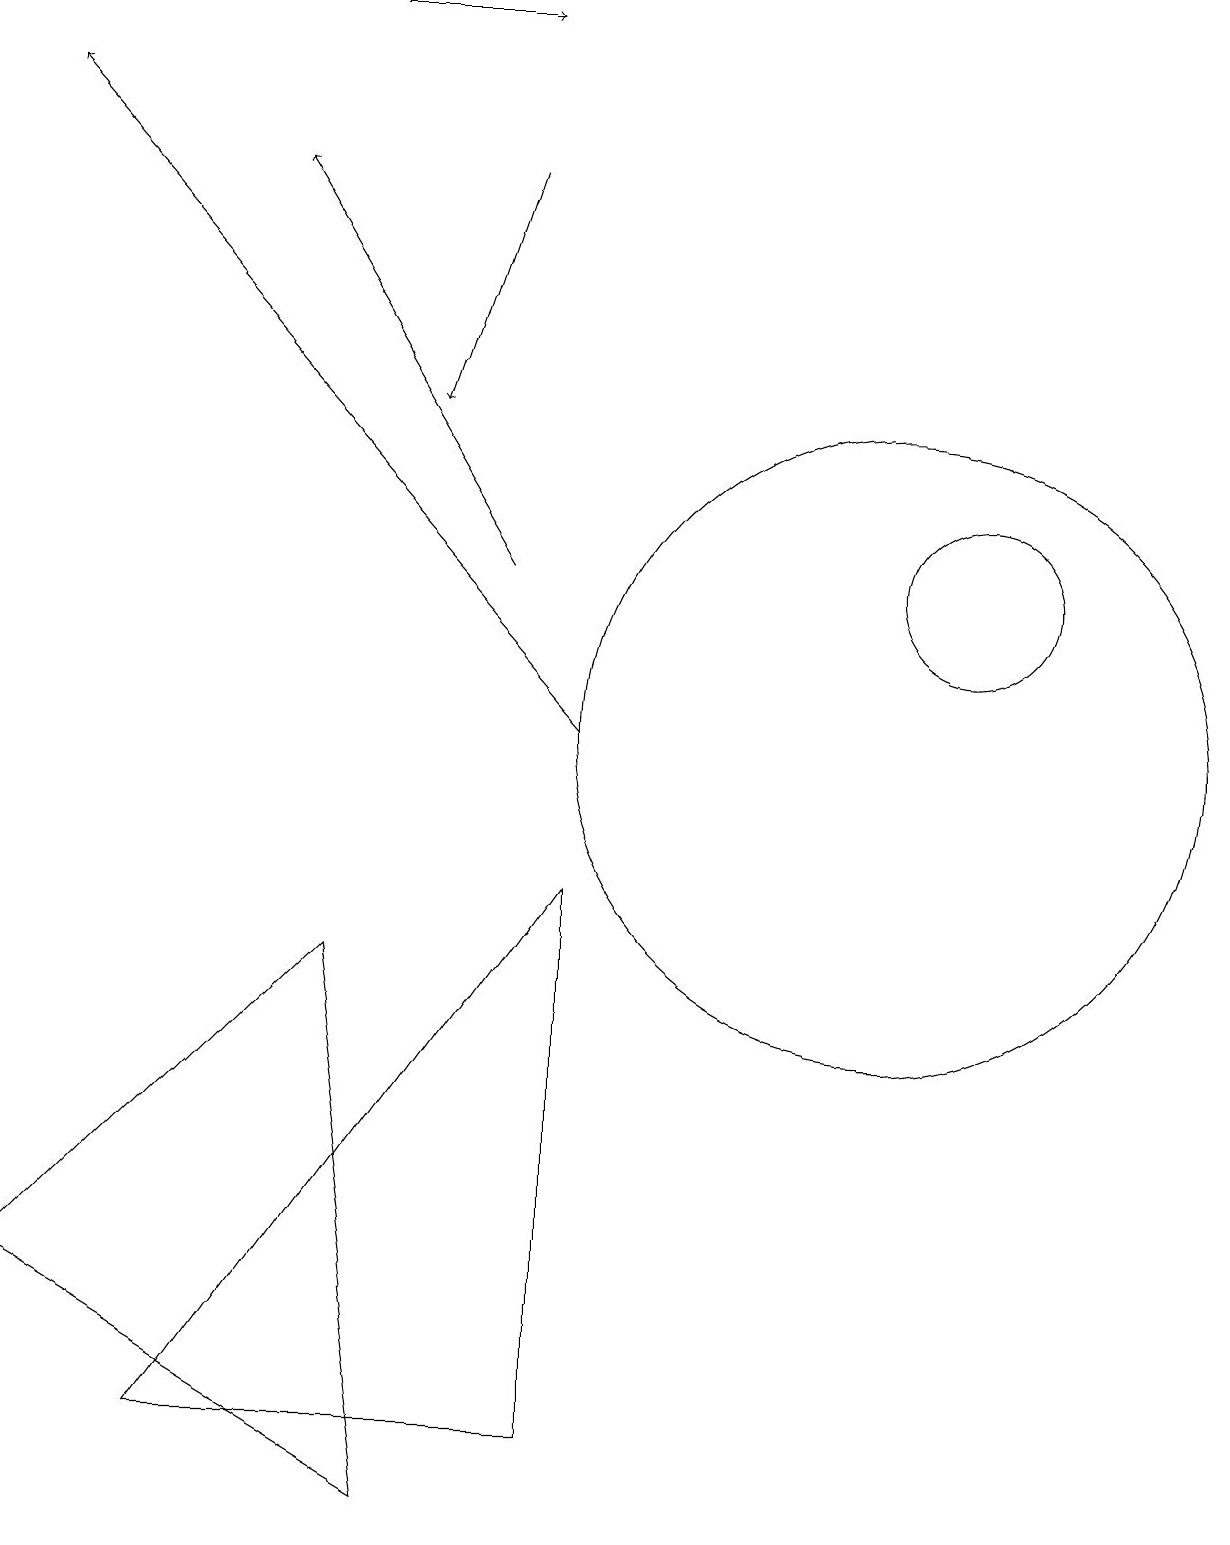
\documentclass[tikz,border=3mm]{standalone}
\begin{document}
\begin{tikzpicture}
\draw[->] (4,19) -- (6,19);
\draw[->] (7,10) -- (0,18);
\draw (5,0) -- (0,3) -- (4,7) -- cycle;
\draw (7,8) -- (2,1) -- (7,1) -- cycle;
\draw (12,12) circle (1);
\draw (11,10) circle (4);
\draw[->] (6,12) -- (3,17);
\draw[->] (6,17) -- (5,14);
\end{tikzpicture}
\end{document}